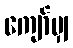
ကျော်မျှ